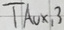
Text: TAUX,3